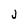
Character: J